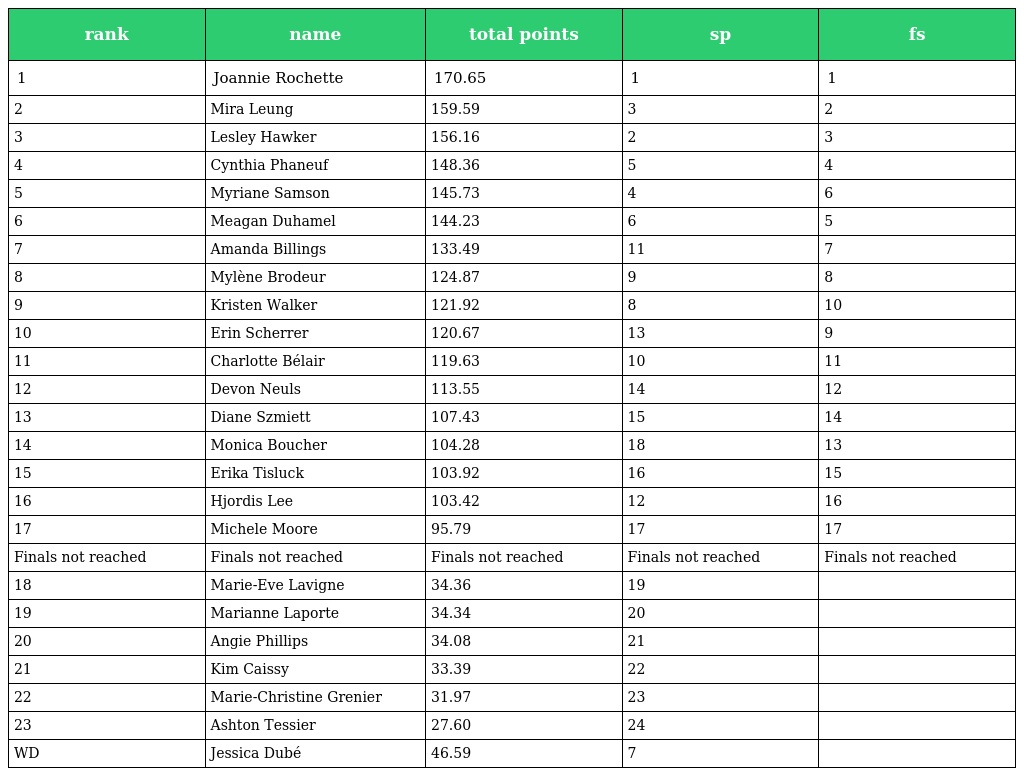
| rank | name | total points | sp | fs |
 | --- | --- | --- | --- | --- |
 | 1 | Joannie Rochette | 170.65 | 1 | 1 |
 | 2 | Mira Leung | 159.59 | 3 | 2 |
 | 3 | Lesley Hawker | 156.16 | 2 | 3 |
 | 4 | Cynthia Phaneuf | 148.36 | 5 | 4 |
 | 5 | Myriane Samson | 145.73 | 4 | 6 |
 | 6 | Meagan Duhamel | 144.23 | 6 | 5 |
 | 7 | Amanda Billings | 133.49 | 11 | 7 |
 | 8 | Mylène Brodeur | 124.87 | 9 | 8 |
 | 9 | Kristen Walker | 121.92 | 8 | 10 |
 | 10 | Erin Scherrer | 120.67 | 13 | 9 |
 | 11 | Charlotte Bélair | 119.63 | 10 | 11 |
 | 12 | Devon Neuls | 113.55 | 14 | 12 |
 | 13 | Diane Szmiett | 107.43 | 15 | 14 |
 | 14 | Monica Boucher | 104.28 | 18 | 13 |
 | 15 | Erika Tisluck | 103.92 | 16 | 15 |
 | 16 | Hjordis Lee | 103.42 | 12 | 16 |
 | 17 | Michele Moore | 95.79 | 17 | 17 |
 | Finals not reached | Finals not reached | Finals not reached | Finals not reached | Finals not reached |
 | 18 | Marie-Eve Lavigne | 34.36 | 19 |  |
 | 19 | Marianne Laporte | 34.34 | 20 |  |
 | 20 | Angie Phillips | 34.08 | 21 |  |
 | 21 | Kim Caissy | 33.39 | 22 |  |
 | 22 | Marie-Christine Grenier | 31.97 | 23 |  |
 | 23 | Ashton Tessier | 27.60 | 24 |  |
 | WD | Jessica Dubé | 46.59 | 7 |  |